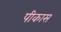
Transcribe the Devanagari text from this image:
पीकास